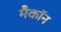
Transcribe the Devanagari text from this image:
मैकॉन